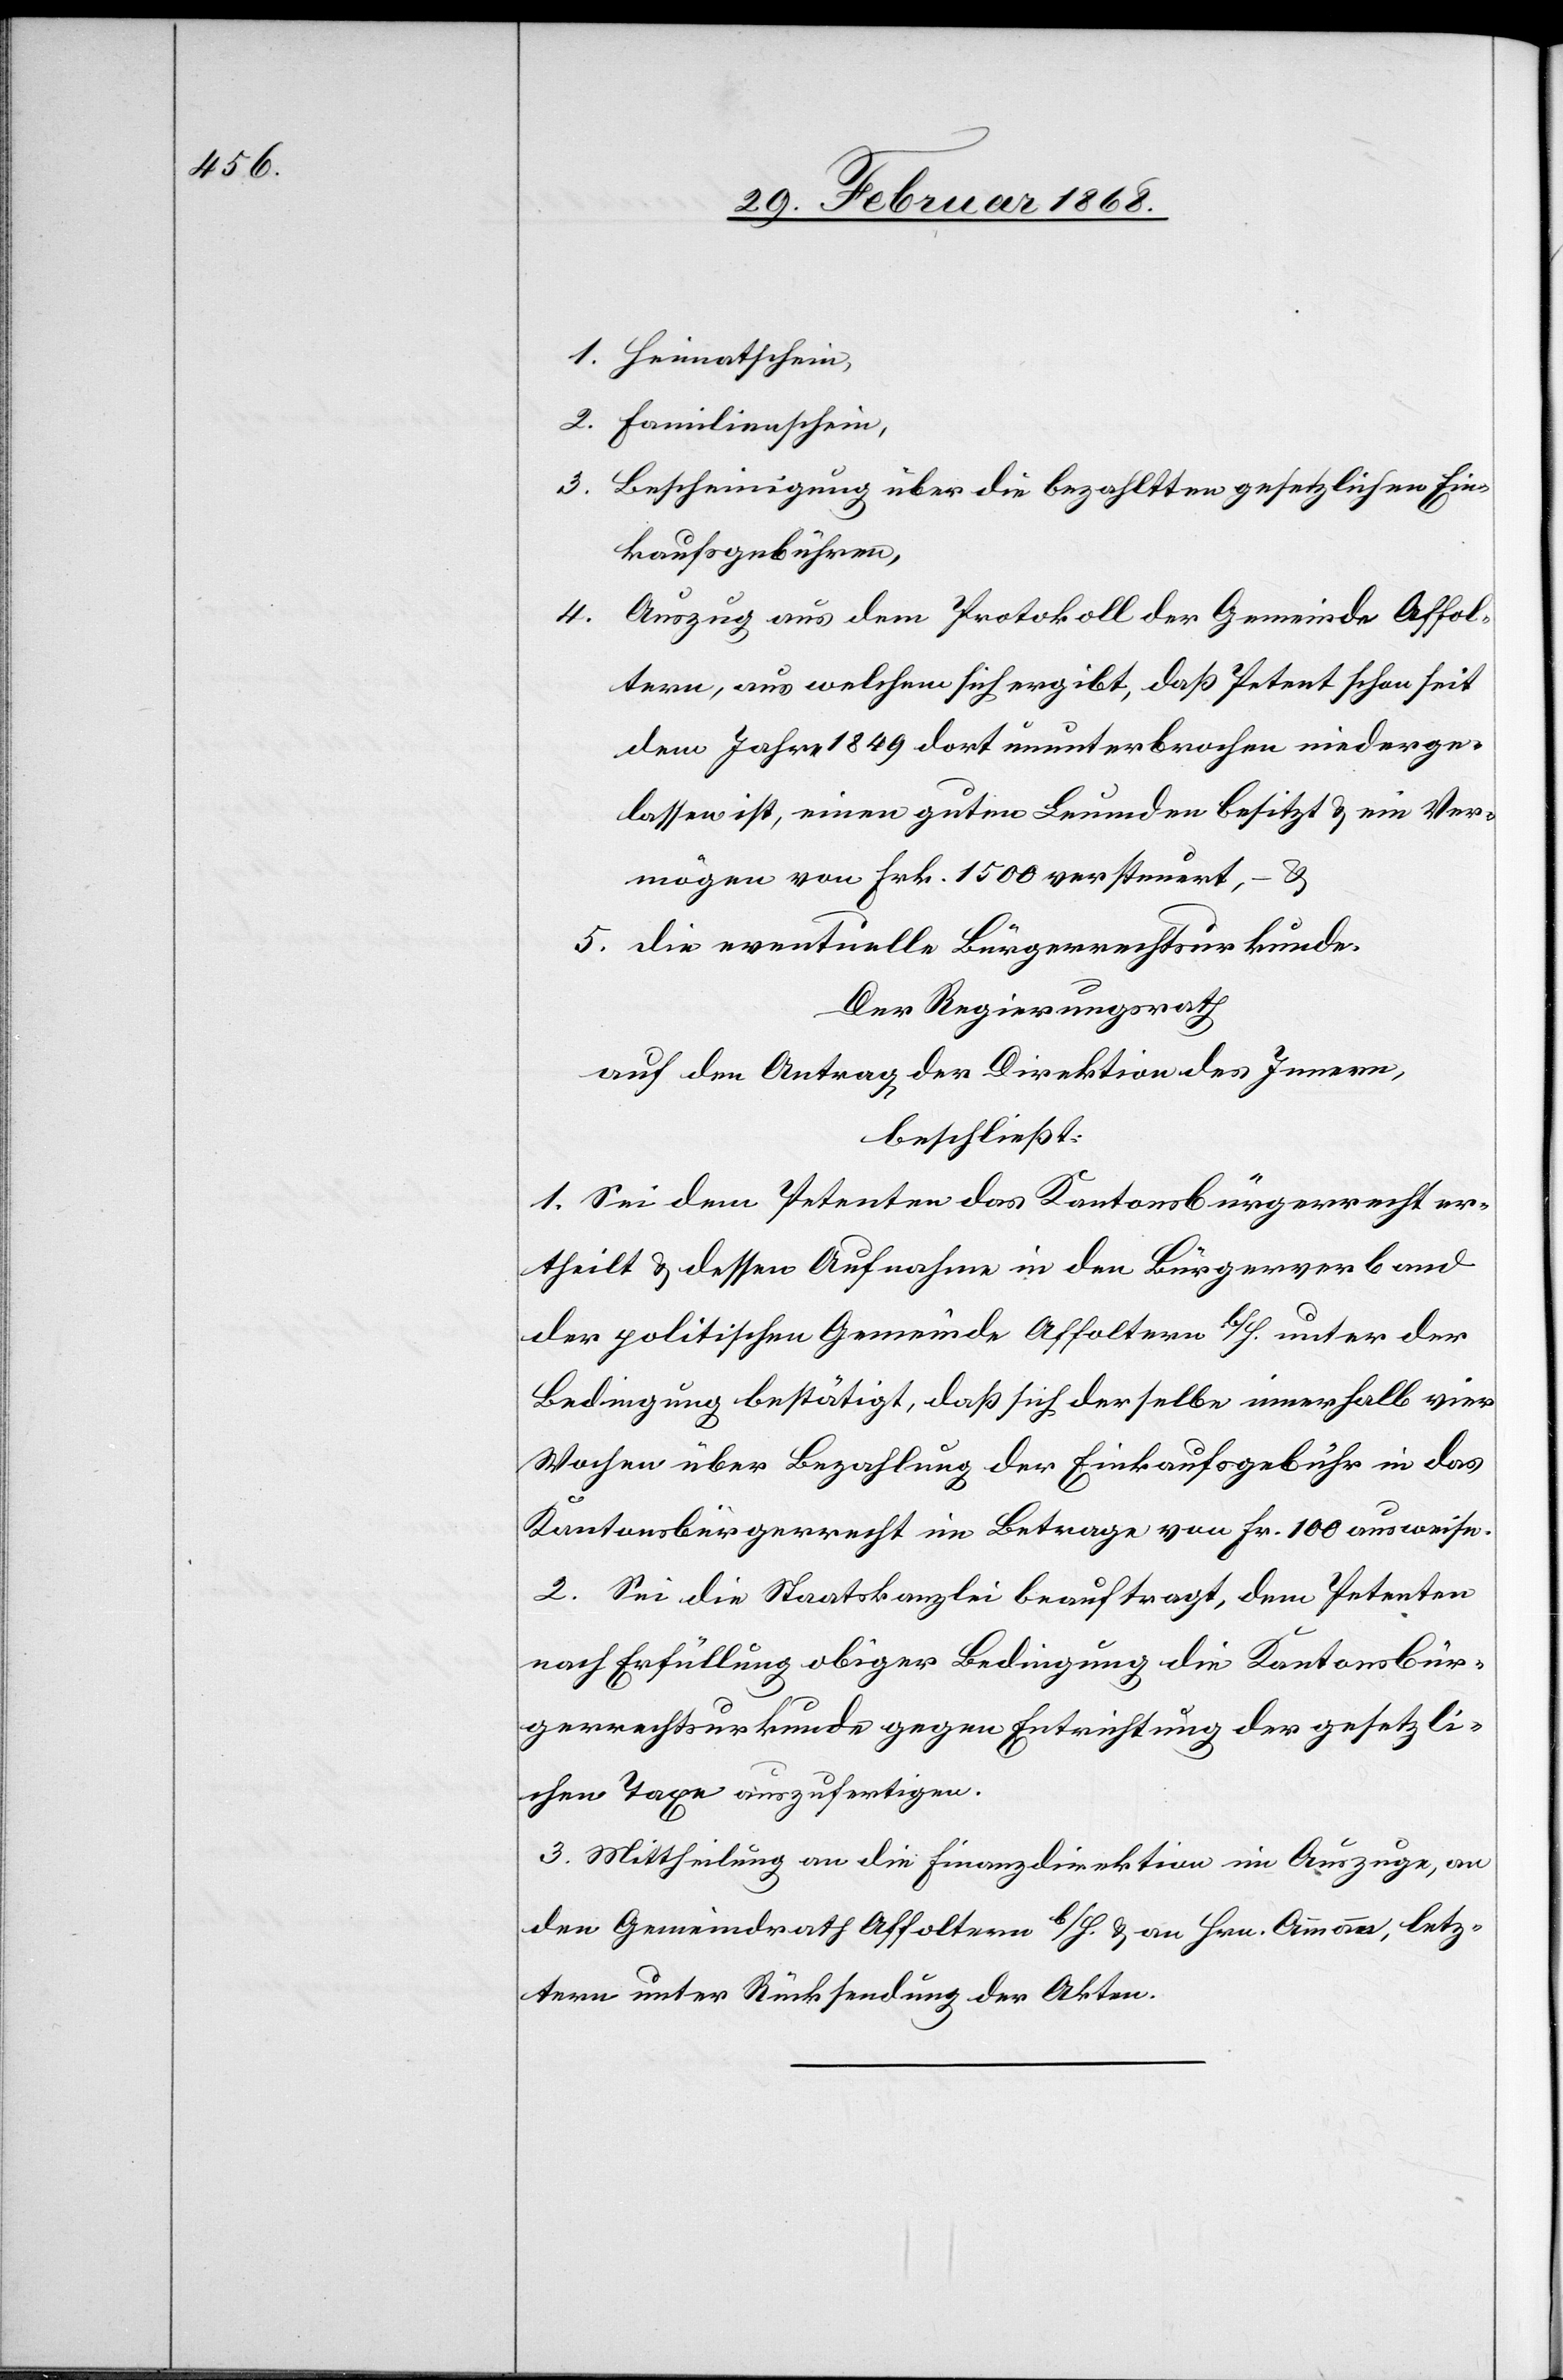
Heimatschein,
Bescheinigung über die bezahltten [sic!] gesetzlichen Ein¬
kaufsgebühren,
Auszug aus dem Protokoll der Gemeinde Affol¬
tern, aus welchem sich ergibt, daß Petent schon seit
dem Jahre 1849 dort ununterbrochen niederge¬
lassen ist, einen guten Leumden besitzt & ein Ver¬
mögen von Frk. 1500 versteuert, – &
die eventuelle Bürgerrechtsurkunde.
Der Regierungsrath
auf den Antrag der Direktion des Innern,
beschließt:
1. Sei dem Petenten das Kantonsbürgerrecht er¬
theilt & dessen Aufnahme in den Bürgerverband
der politischen Gemeinde Affoltern b/H. unter der
Bedingung bestätigt, daß sich derselbe innerhalb vier
Wochen über Bezahlung der Einkaufsgebühr in das
Kantonsbürgerrecht im Betrage von Fr. 100 ausweise.
2. Sei die Staatskanzlei beauftragt, dem Petenten
2.
nach Erfüllung obiger Bedingung die Kantonsbür¬
gerrechtsurkunde gegen Entrichtung der gesetzli¬
chen Taxe auszufertigen.
3. Mittheilung an die Finanzdirektion im Auszuge, an
den Gemeindrath Affoltern b/H. & an Hrn. Ammann, letz¬
tern unter Rücksendung der Akten.